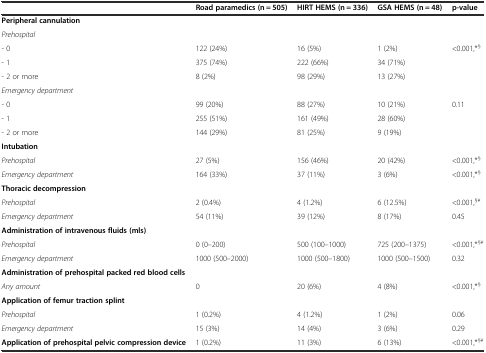
<table><thead><tr><td></td><td><b>Road paramedics (n = 505)</b></td><td><b>HIRT HEMS (n = 336)</b></td><td><b>GSA HEMS (n = 48)</b></td><td><b>p-value</b></td></tr></thead><tbody><tr><td><b>Peripheral cannulation</b></td><td></td><td></td><td></td><td></td></tr><tr><td><i>Prehospital</i></td><td></td><td></td><td></td><td></td></tr><tr><td>- 0</td><td>122 (24%)</td><td>16 (5%)</td><td>1 (2%)</td><td>&lt;0.001,*<sup>§</sup></td></tr><tr><td>- 1</td><td>375 (74%)</td><td>222 (66%)</td><td>34 (71%)</td><td></td></tr><tr><td>- 2 or more</td><td>8 (2%)</td><td>98 (29%)</td><td>13 (27%)</td><td></td></tr><tr><td><i>Emergency department</i></td><td></td><td></td><td></td><td></td></tr><tr><td>- 0</td><td>99 (20%)</td><td>88 (27%)</td><td>10 (21%)</td><td>0.11</td></tr><tr><td>- 1</td><td>255 (51%)</td><td>161 (49%)</td><td>28 (60%)</td><td></td></tr><tr><td>- 2 or more</td><td>144 (29%)</td><td>81 (25%)</td><td>9 (19%)</td><td></td></tr><tr><td><b>Intubation</b></td><td></td><td></td><td></td><td></td></tr><tr><td><i>Prehospital</i></td><td>27 (5%)</td><td>156 (46%)</td><td>20 (42%)</td><td>&lt;0.001,*<sup>§</sup></td></tr><tr><td><i>Emergency department</i></td><td>164 (33%)</td><td>37 (11%)</td><td>3 (6%)</td><td>&lt;0.001,*<sup>§</sup></td></tr><tr><td><b>Thoracic decompression</b></td><td></td><td></td><td></td><td></td></tr><tr><td><i>Prehospital</i></td><td>2 (0.4%)</td><td>4 (1.2%)</td><td>6 (12.5%)</td><td>&lt;0.001,<sup>§</sup><sup>¥</sup></td></tr><tr><td><i>Emergency department</i></td><td>54 (11%)</td><td>39 (12%)</td><td>8 (17%)</td><td>0.45</td></tr><tr><td><b>Administration of intravenous fluids (mls)</b></td><td></td><td></td><td></td><td></td></tr><tr><td><i>Prehospital</i></td><td>0 (0–200)</td><td>500 (100–1000)</td><td>725 (200–1375)</td><td>&lt;0.001,*<sup>§</sup><sup>¥</sup></td></tr><tr><td><i>Emergency department</i></td><td>1000 (500–2000)</td><td>1000 (500–1800)</td><td>1000 (500–1500)</td><td>0.32</td></tr><tr><td><b>Administration of prehospital packed red blood cells</b></td><td></td><td></td><td></td><td></td></tr><tr><td><i>Any amount</i></td><td>0</td><td>20 (6%)</td><td>4 (8%)</td><td>&lt;0.001,*<sup>§</sup></td></tr><tr><td><b>Application of femur traction splint</b></td><td></td><td></td><td></td><td></td></tr><tr><td><i>Prehospital</i></td><td>1 (0.2%)</td><td>4 (1.2%)</td><td>1 (2%)</td><td>0.06</td></tr><tr><td><i>Emergency department</i></td><td>15 (3%)</td><td>14 (4%)</td><td>3 (6%)</td><td>0.29</td></tr><tr><td><b>Application of prehospital pelvic compression device</b></td><td>1 (0.2%)</td><td>11 (3%)</td><td>6 (13%)</td><td>&lt;0.001,*<sup>§</sup><sup>¥</sup></td></tr></tbody></table>